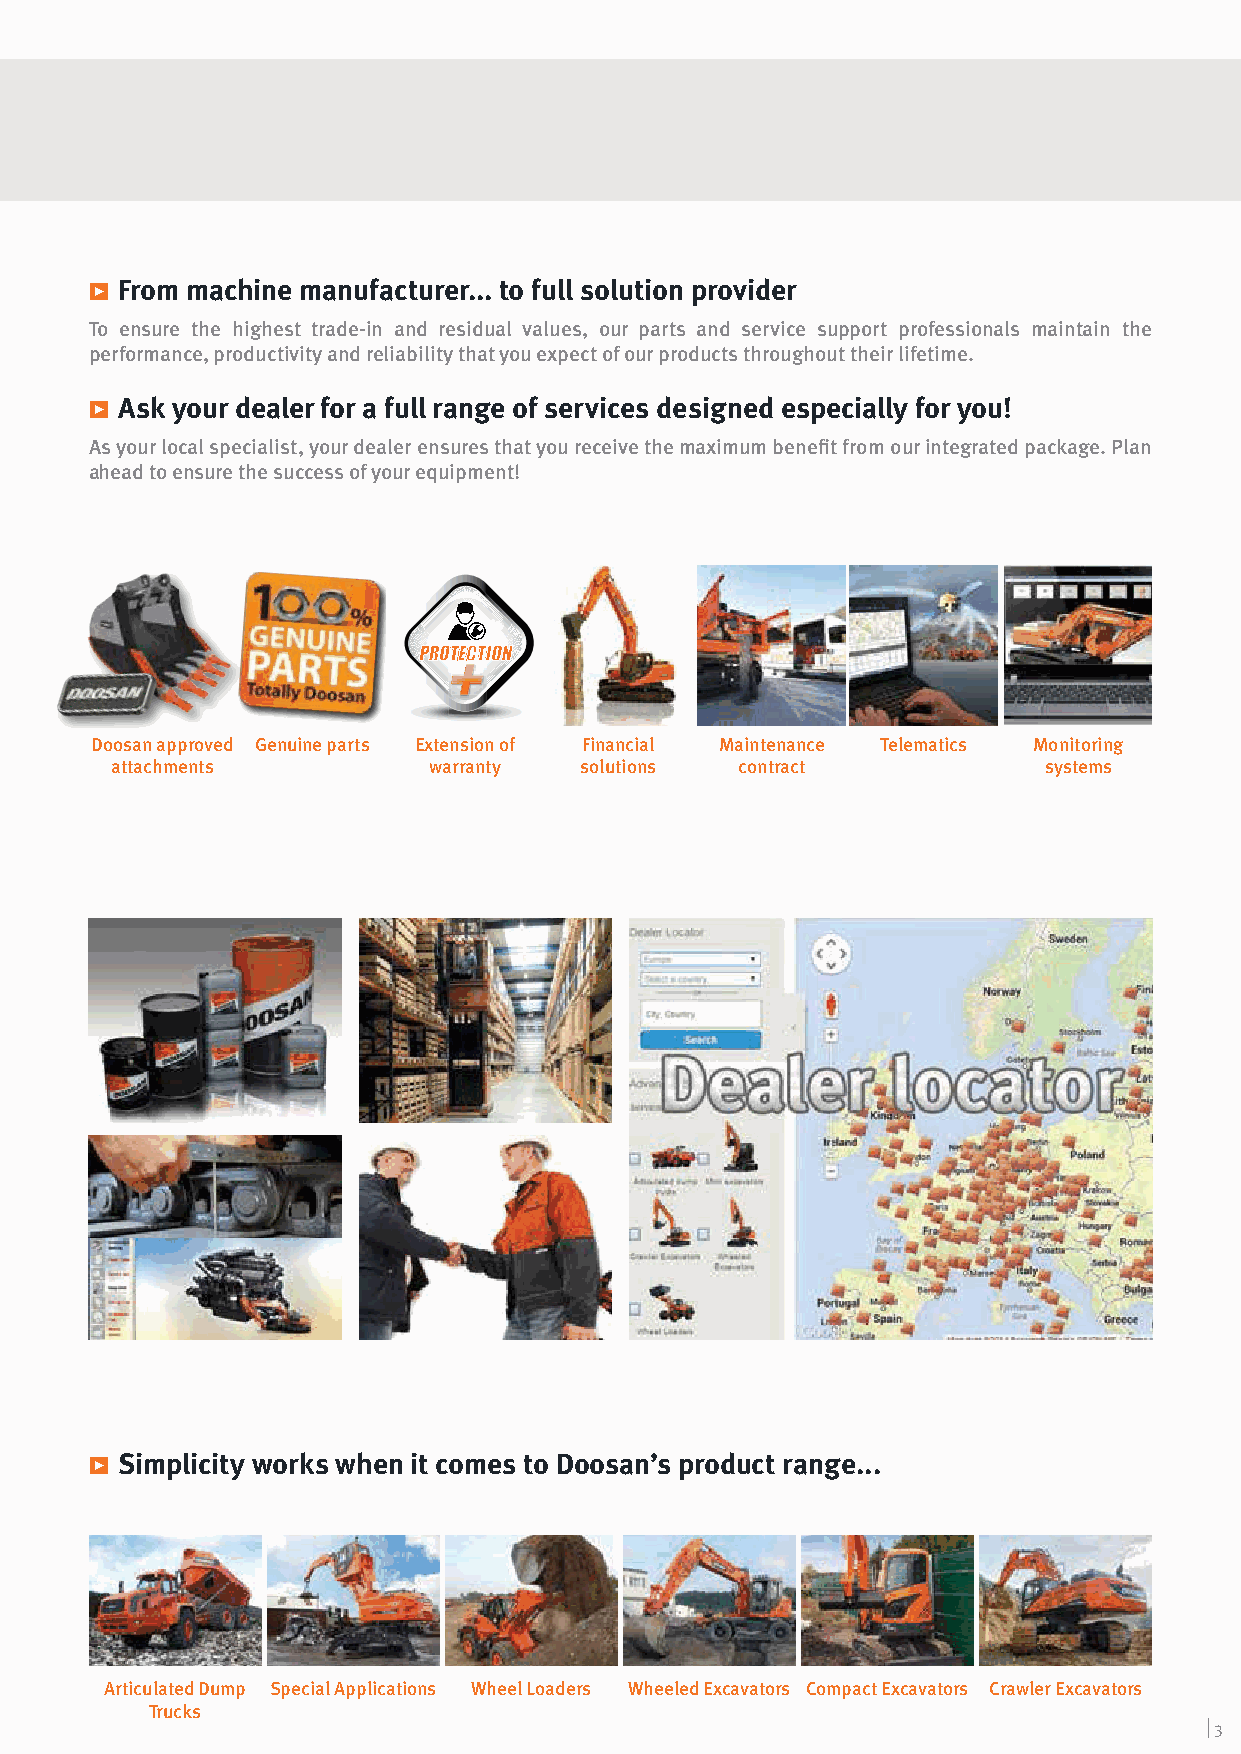
ѓ From machine manufacturer... to full solution provider
 To ensure the highest trade-in and residual values, our parts and service support professionals maintain the
 performance, productivity and reliability that you expect of our products throughout their lifetime.
 ѓ Ask your dealer for a full range of services designed especially for you!
 As your local specialist, your dealer ensures that you receive the maximum benefit from our integrated package. Plan
 ahead to ensure the success of your equipment!
 PROTECTION
 +
 Doosan approved Genuine parts Extension of Financial Maintenance Telematics Monitoring
 attachments          warranty  solutions  contract            systems
 ѓ Simplicity works when it comes to Doosan’s product range...
 Articulated Dump Special Applications Wheel Loaders Wheeled Excavators Compact Excavators Crawler Excavators
 Trucks
 || 33